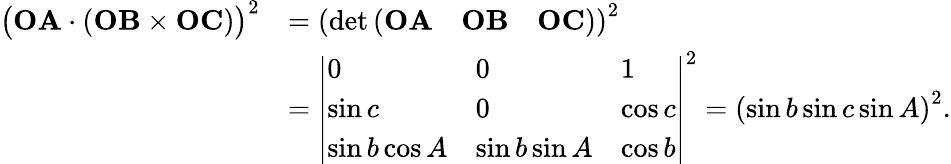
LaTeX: {\begin{array}{rl}{{\bigl(}\mathbf{OA}\cdot(\mathbf{OB}\times\mathbf{OC}){\bigr)}^{2}}&{=\left(\operatorname*{det}{\left(\begin{array}{lll}{\mathbf{OA}}&{\mathbf{OB}}&{\mathbf{OC}}\end{array}\right)}\right)^{2}}\\ &{={\left|\begin{array}{lll}{0}&{0}&{1}\\ {\sin c}&{0}&{\cos c}\\ {\sin b\cos A}&{\sin b\sin A}&{\cos b}\end{array}\right|}^{2}=\left(\sin b\sin c\sin A\right)^{2}.}\end{array}}